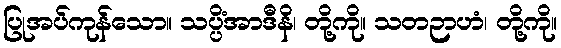
ပြုအပ်ကုန်သော။ သပ္ပိံအာဒီနိ၊ တို့ကို။ သတဉာဟံ၊ တို့ကို။